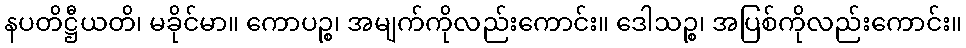
နပတိဋ္ဌီယတိ၊ မခိုင်မာ။ ကောပဉ္စ၊ အမျက်ကိုလည်းကောင်း။ ဒေါသဉ္စ၊ အပြစ်ကိုလည်းကောင်း။